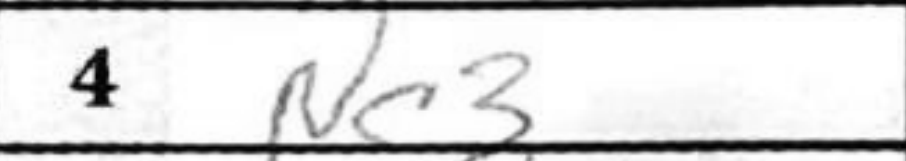
Transcription: Nc3